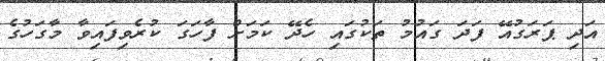
އަދި ޕަރަގުއޭ ފަދަ ގައުމު ތަކުގައި ހެދޭ ކަމަށް ފާހަގަ ކުރެވިފައިވާ މާގަހުގެ